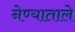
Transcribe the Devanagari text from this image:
नेण्याताले